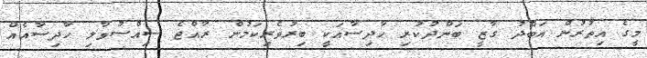
މީގެ އިތުރުން އަބްދު ގާޒީ ބަންދުކުރި ހާދިސާއަކީ ބިރުވެރިކަމުން ރާއްޖެ ސިއްސުވާލި ހާދިސާއެއް